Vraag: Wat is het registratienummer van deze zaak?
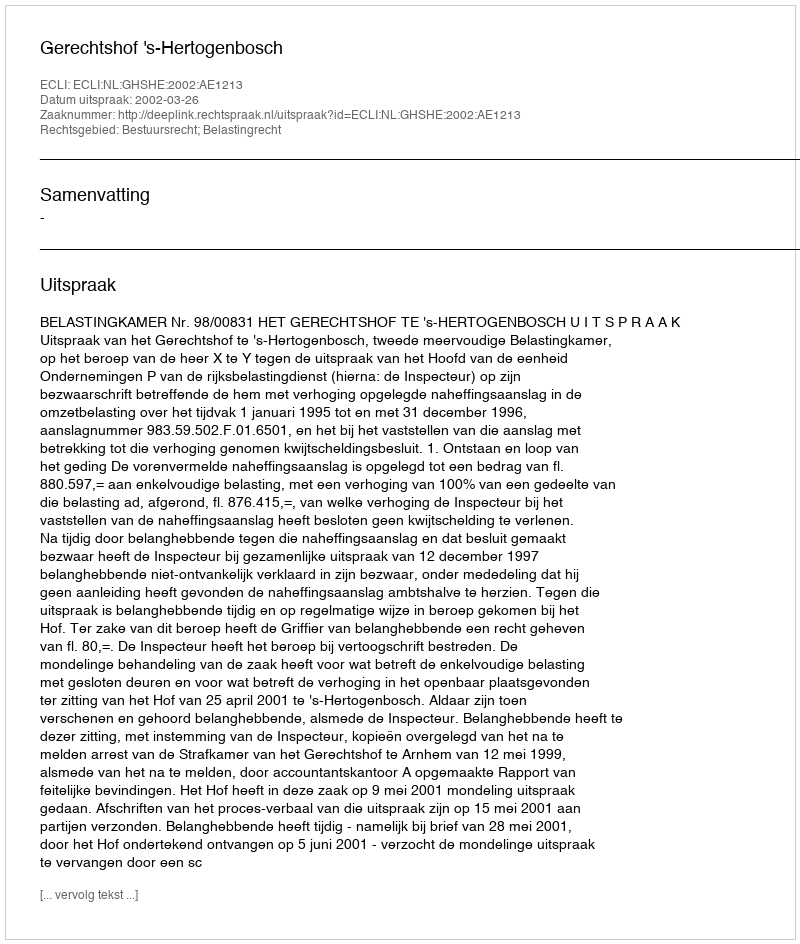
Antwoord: http://deeplink.rechtspraak.nl/uitspraak?id=ECLI:NL:GHSHE:2002:AE1213